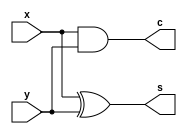
module HA(input x, input y, output s, output c);
  assign s = x ^ y;
  assign c = x & y;
endmodule

module FA(input x, input y, input z, output s, output c);
  assign s = x ^ y ^ z;
  assign c = (x & y) | (y & z) | (x & z);
endmodule

module array_multiplier(input [3:0] x, input [3:0] y, output [7:0] z);
  wire [15:0] a;
  wire [2:0] hc;  
  wire [5:0] fc;  
  wire [5:0] f;   

  assign a[0] = x[0] & y[0];
  assign a[1] = x[1] & y[0];
  assign a[2] = x[2] & y[0];
  assign a[3] = x[3] & y[0];

  assign a[4] = x[0] & y[1];
  assign a[5] = x[1] & y[1];
  assign a[6] = x[2] & y[1];
  assign a[7] = x[3] & y[1];

  assign a[8] = x[0] & y[2];
  assign a[9] = x[1] & y[2];
  assign a[10] = x[2] & y[2];
  assign a[11] = x[3] & y[2];

  assign a[12] = x[0] & y[3];
  assign a[13] = x[1] & y[3];
  assign a[14] = x[2] & y[3];
  assign a[15] = x[3] & y[3];

  assign z[0] = a[0];

  HA ha1(a[1], a[4], z[1], hc[0]);
  FA fa1(a[2], a[5], hc[0], f[0], fc[0]);
  FA fa2(a[3], a[6], fc[0], f[1], fc[1]);
  HA ha2(a[7], fc[1], f[2], hc[1]);

  HA ha3(a[8], f[0], z[2], hc[2]);
  FA fa3(a[9], f[1], hc[2], f[3], fc[2]);
  FA fa4(a[10], f[2], fc[2], f[4], fc[3]);
  FA fa5(a[11], hc[1], fc[3], f[5], fc[4]);

  HA ha4(a[12], f[3], z[3], hc[2]);
  FA fa6(a[13], f[4], hc[2], z[4], fc[4]);
  FA fa7(a[14], f[5], fc[4], z[5], fc[5]);
  FA fa8(a[15], fc[4], fc[5], z[6], z[7]);
endmodule